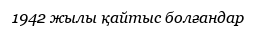
1942 жылы қайтыс болғандар